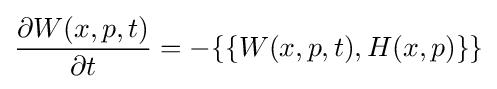
{\frac {\partial W(x,p,t)}{\partial t}}=-\{\{W(x,p,t),H(x,p)\}\}